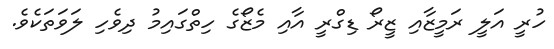
ހުރީ އަލީ ރަމީޒާއި ޒީރޯ ޑިގްރީ އާއި މެޒޯގެ ހިތްގައިމު ދިވެހި ލަވަތަކެވެ.